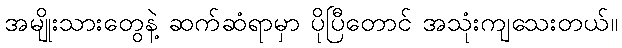
အမျိုးသားတွေနဲ့ ဆက်ဆံရာမှာ ပိုပြီတောင် အသုံးကျသေးတယ်။